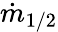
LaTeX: \dot{m}_{1/2}